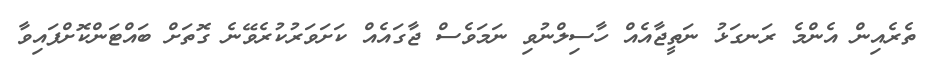
ތެރެއިން އެންމެ ރަނގަޅު ނަތީޖާއެއް ހާސިލްނުވި ނަމަވެސް ޖާގައެއް ކަށަވަރުކުރެވޭނެ ގޮތަށް ބައްޓަންކޮށްފައިވާ